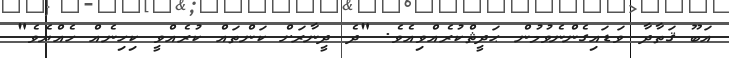
އަބޫ ޤަތާދާ ވަޑައިގެންނެވުމުން ޙަދީޘްކުރެއްވިއެވެ. "ދެ ދީނާރަށް ކަންތައް ކުރެއްވީ ކިހިނެއް ހެއްޔެވެ"